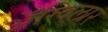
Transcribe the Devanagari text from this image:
अॅग्विलार